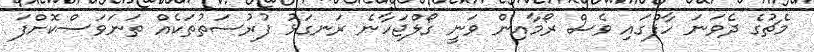
މެޗުގެ ދެވަނަ ހާފްގައި ވެސް ރޯމާއިން ވަނީ ގޯލްޖަހާނެ ރަނގަޅު ފުރުސަތުތަކެއް ތަނަވަސްކޮށްފަ